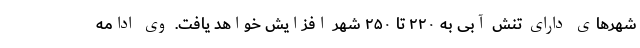
شهرهای دارای تنش آبی به ۲۲۰ تا ۲۵۰ شهر افزایش خواهد یافت. وی ادامه